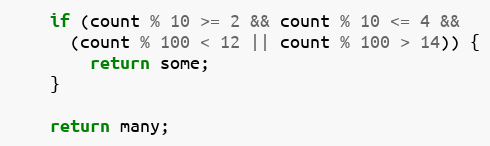
Language: JavaScript
    if (count % 10 >= 2 && count % 10 <= 4 &&
      (count % 100 < 12 || count % 100 > 14)) {
        return some;
    }

    return many;